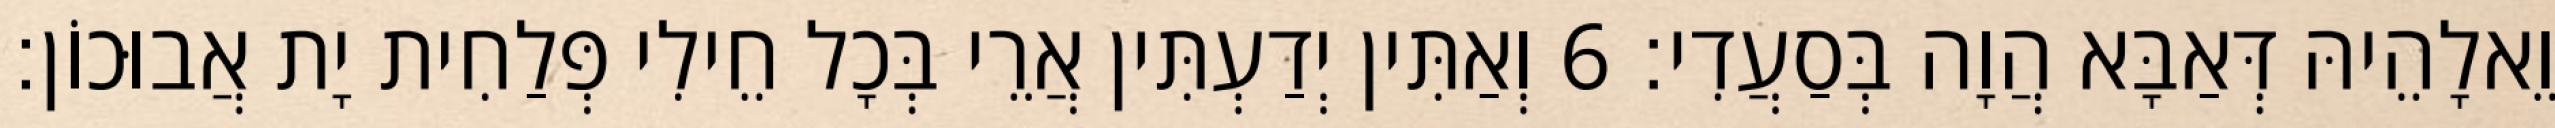
וֵאלָהֵיהּ דְּאַבָּא הֲוָה בְּסַעֲדִי׃ 6 וְאַתִּין יְדַעְתִּין אֲרֵי בְּכָל חֵילִי פְּלַחִית יָת אֲבוּכוֹן׃